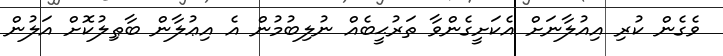
ވެގެން ކުރި އިއުލާނަށް އެކަށީގެންވާ ތަރުޙީބެއް ނުލިބުމުން އެ އިޢުލާން ބާޠިލުކޮށް އަލުން